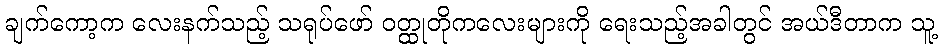
ချက်ကော့က လေးနက်သည့် သရုပ်ဖော် ဝတ္ထုတိုကလေးများကို ရေးသည့်အခါတွင် အယ်ဒီတာက သူ့